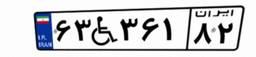
۸۷W۶۷۷۵۶